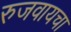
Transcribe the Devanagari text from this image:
रुजवायचा